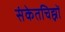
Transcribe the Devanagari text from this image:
संकेतचिह्नों